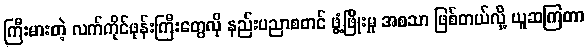
ကြီးမားတဲ့ လက်ကိုင်ဖုန်းကြီးတွေလို နည်းပညာစတင် ဖွံ့ဖြိုးမှု အစသာ ဖြစ်တယ်လို့ ယူဆကြတာ